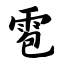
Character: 雹